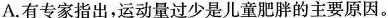
A.有专家指出，运动量过少是儿童肥胖的主要原因。